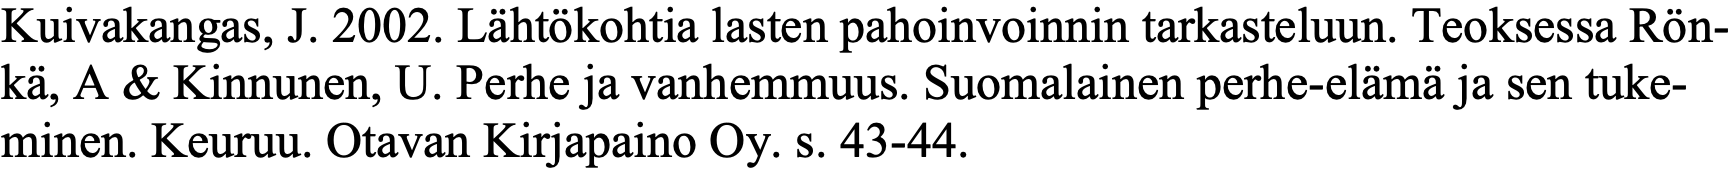
Kuivakangas, J. 2002. Lähtökohtia lasten pahoinvoinnin tarkasteluun. Teoksessa Rön- kä, A & Kinnunen, U. Perhe ja vanhemmuus. Suomalainen perhe-elämä ja sen tuke- minen. Keuruu. Otavan Kirjapaino Oy. s. 43-44.